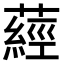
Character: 𦽁